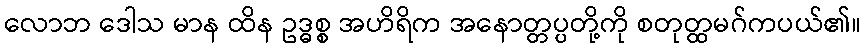
လောဘ ဒေါသ မာန ထိန ဥဒ္ဓစ္စ အဟိရိက အနောတ္တပ္ပတို့ကို စတုတ္ထမဂ်ကပယ်၏။